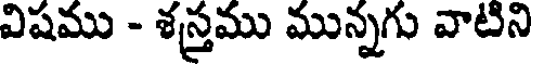
విషము - శస్త్రము మున్నగు వాటిని